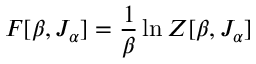
F [ \beta , J _ { \alpha } ] = \frac { 1 } { \beta } \ln Z [ \beta , J _ { \alpha } ]